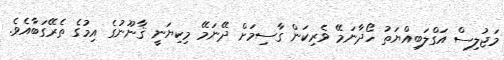
މަޖުލިސް އަގްލަބިއްޔަތު ހޯދާނަމޭ ވެރިކަން ގާސިމަށް ދޭނަމޭ މިކިޔަނީ ޤާނޫނުގެ އިމުގެ ތެރޭގަބާއެވެ.